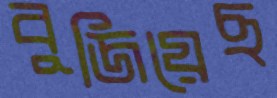
বুজিয়েছ